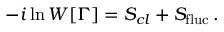
- i \ln W [ \Gamma ] = S _ { c l } + S _ { \mathrm { f l u c } } \, .